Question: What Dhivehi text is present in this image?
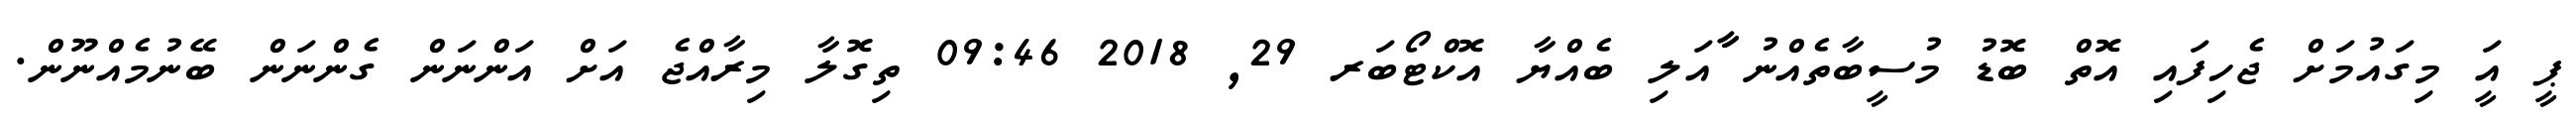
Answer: ޕީ އަީ މިގައުމަށް ޖެހިފައި އޮތް ބޮޑު މުސީބާތެއްނު ާާއަލި ބެއްޔާ އޮކްޓޯބަރ 29, 2018 09:46 ތިގޮލާ މިރާއްޖެ އަށް އަންނަން ގެންނަން ބޭނުމެއްނޫން.